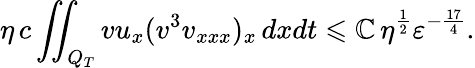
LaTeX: \eta\, c\iint_{Q_{T}}{vu_{x}(v^{3}v_{xxx})_{x}\, dxdt}\leqslant\mathbb{C}\, \eta^{\frac{{1}}{{2}}}\varepsilon^{-\frac{{17}}{{4}}}.